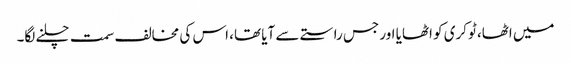
میں اٹھا، ٹوکری کو اٹھایا اور جس راستے سے آیا تھا، اس کی مخالف سمت چلنے لگا۔